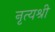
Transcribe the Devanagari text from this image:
नृत्यश्री